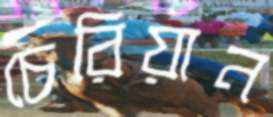
চেরিয়ান